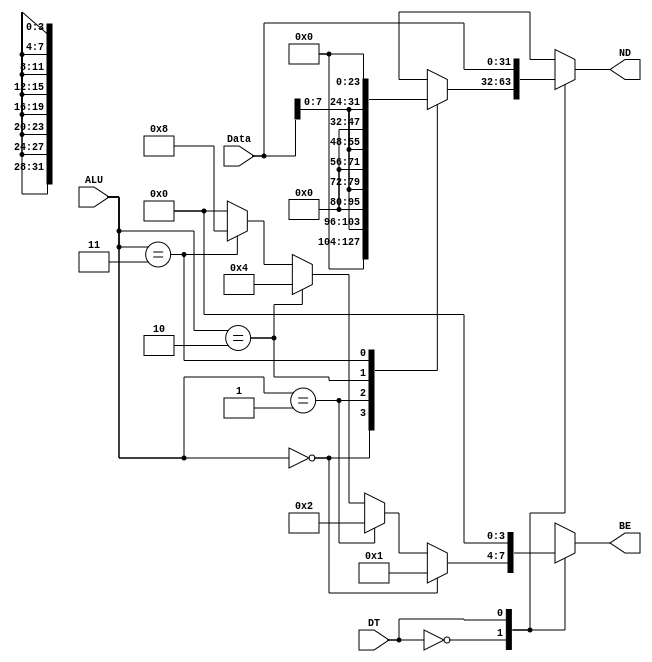
`timescale 1ns / 1ps
//////////////////////////////////////////////////////////////////////////////////
// Company: 
// Engineer: 
// 
// Design Name: 
// Module Name:    Store_Logic 
// Project Name: 
// Target Devices: 
// Tool versions: 
// Description: 
//
// Dependencies: 
//
// Revision: 
// Revision 0.01 - File Created
// Additional Comments: 
//
//////////////////////////////////////////////////////////////////////////////////
module Store_Logic(
		input wire [1:0] ALU,
		input wire [31:0] Data,
		input wire DT,
		output reg[31:0] ND,
		output reg [3:0] BE
    );
		
		reg [31:0] zero;
		always @(*)
			begin
			case(ALU)
				2'b00: zero = {24'b0, Data[7:0]};
				2'b01: zero = {16'b0, Data[7:0], 8'b0};
				2'b10: zero = {8'b0, Data[7:0], 16'b0};
				2'b11: zero = {Data[7:0], 24'b0};
			endcase 
			
			case (DT)
				1'b0: begin
							ND = zero;
							if (ALU == 2'b00)
								BE = 4'b0001;
							else if (ALU == 2'b01)
								BE = 4'b0010;
							else if (ALU == 2'b10)
								BE = 4'b0100;
							else if (ALU == 2'b11)
								BE = 4'b1000;	
							else 
								BE = 4'b0000;
						end
				1'b1: begin
							ND = Data;
							BE = 4'b0000;
						end
			endcase
		
			end
endmodule